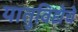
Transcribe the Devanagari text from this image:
यातुविद्येचे